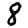
Digit: 8